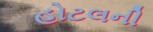
હોટલની